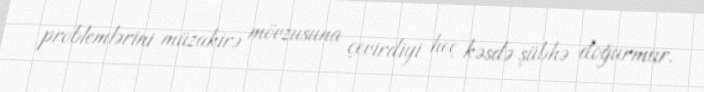
problemlərini müzakirə mövzusuna çevirdiyi heç kəsdə şübhə doğurmur.